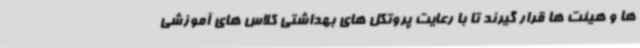
ها و هیئت ها قرار گیرند تا با رعایت پروتکل های بهداشتی کلاس های آموزشی